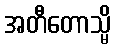
အတီတောသ္မိ